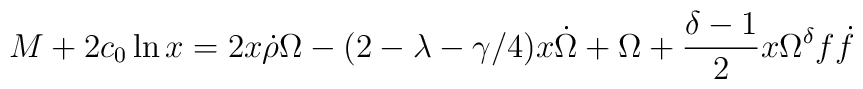
M  + 2 c_0 \ln x = 2 x \dot{\rho} \Omega -(2 - \lambda - \gamma /4) x \dot{\Omega}+  \Omega + \frac{\delta -1}{2} x \Omega^{\delta}f \dot{f}